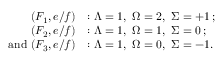
\begin{array} { r l } { ( F _ { 1 } , e / f ) } & { : \ensuremath { \Lambda } = 1 , \ \ensuremath { \Omega } = 2 , \ \ensuremath { \Sigma } = + 1 \, ; } \\ { ( F _ { 2 } , e / f ) } & { : \ensuremath { \Lambda } = 1 , \ \ensuremath { \Omega } = 1 , \ \ensuremath { \Sigma } = 0 \, ; } \\ { \mathrm { a n d ~ } ( F _ { 3 } , e / f ) } & { : \ensuremath { \Lambda } = 1 , \ \ensuremath { \Omega } = 0 , \ \ensuremath { \Sigma } = - 1 . } \end{array}